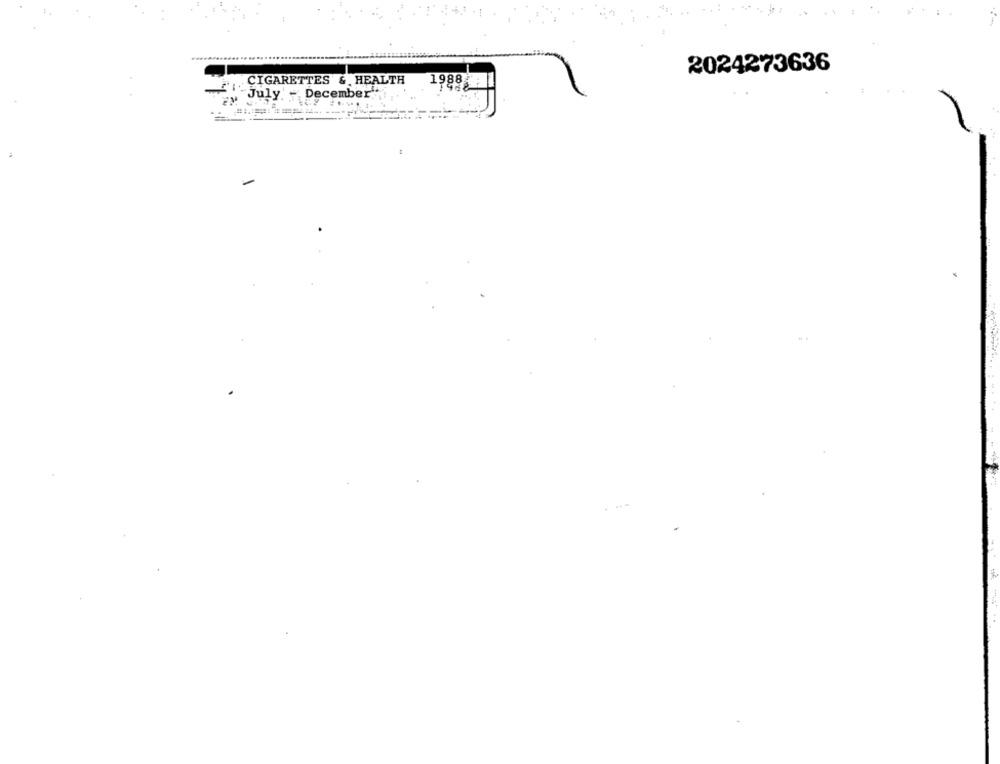
2024273636
CIGARETTES & HEALTH
1988
July'- December"